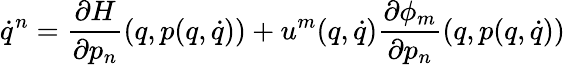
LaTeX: \dot{q}^{n}=\frac{\partial H}{\partial p_{n}}(q,p(q,\dot{q}))+u^{m}(q,\dot{q})\frac{\partial\phi_{m}}{\partial p_{n}}(q,p(q,\dot{q}))